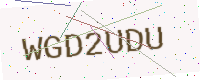
Text: WGD2UDU